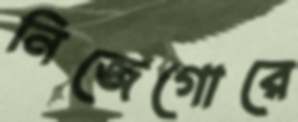
নিজেগোরে